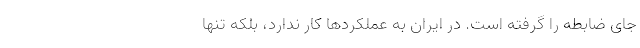
جای ضابطه را گرفته است. در ایران به عملکردها کار ندارد، بلکه تنها